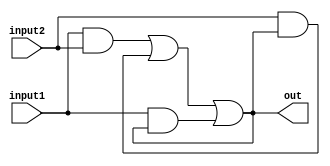
`timescale 1ns/1ps

module c_element (out, input1, input2);

output out;

input input1, input2;

  
assign out = (input1 & input2) | (input2 & out) | (input1 & out) ;

endmodule


module c_element_test;

  //inputs
  reg input1, input2;

  //outputs
  wire out;

  //instantiat unit under test
  c_element enc(.out(out), .input1(input1), .input2(input2));

  initial begin
     input1 = 1'b1; input2 = 1'b0;
     
    end
initial begin
  
#1 input1 = 1'b0;
 #1  input2 = 1'b1;
#1 input1 = 1'b1;
 #1  input2 = 1'b1;
#1 input1 = 1'b0;
 #1  input2 = 1'b1;
#1 input1 = 1'b1;
 #1  input2 = 1'b0;
#1 input1 = 1'b1;
 #1  input2 = 1'b1;
#1 input1 = 1'b0;
 #1  input2 = 1'b1;
#1 input1 = 1'b0;
 #1  input2 = 1'b0;
#1 input1 = 1'b1;
 #1  input2 = 1'b0;
#1  input1 = 1'b0; 
#1  input2 = 1'b1;
#1  input1 = 1'b1; 
#1  input2 = 1'b0;
#1  input1 = 1'b0; 
#1  input2 = 1'b0;
#1  input1 = 1'b0; 
#1  input2 = 1'b0;
#1  input1 = 1'b0; 
#1  input2 = 1'b1;
#1  input1 = 1'b0; 
#1  input2 = 1'b1;
#1  input1 = 1'b1; 
#1  input2 = 1'b0;
#1  input1 = 1'b0; 
#1  input2 = 1'b0;
#1  input1 = 1'b0; 
#1  input2 = 1'b0;
#1  input1 = 1'b0; 
#1  input2 = 1'b1;
#1  input1 = 1'b0; 
#1  input2 = 1'b0;
#1  input1 = 1'b1; 
#1  input2 = 1'b1;
#1  input1 = 1'b1; 
#1  input2 = 1'b0;
#1  input1 = 1'b0; 
#1  input2 = 1'b1;
#1  input1 = 1'b1; 
#1  input2 = 1'b1;
#1  input1 = 1'b0; 
#1  input2 = 1'b1;
#1  input1 = 1'b0; 
#1  input2 = 1'b1;
#1  input1 = 1'b0; 
#1  input2 = 1'b1;
#1  input1 = 1'b1; 
#1  input2 = 1'b1;
#1  input1 = 1'b1; 
#1  input2 = 1'b1;
#1  input1 = 1'b1; 
#1  input2 = 1'b0;
end

  initial begin
    $dumpfile("c_element.vcd");
    $dumpvars(0, c_element_test);
    $monitor("time = %g, out = %b, input1 = %b, input2 = %b", $time, out, input1, input2);
  end
  initial #70 $finish; 


endmodule